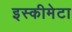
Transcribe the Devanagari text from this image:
इस्कीमेटा